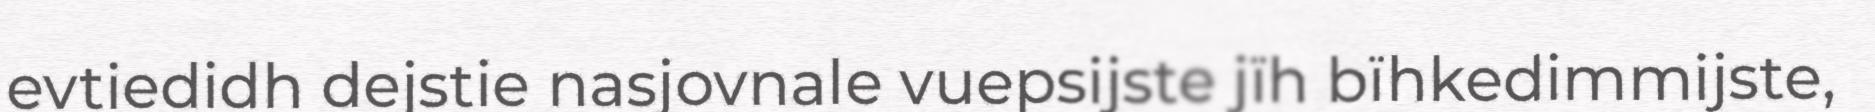
evtiedidh dejstie nasjovnale vuepsijste jïh bïhkedimmijste,